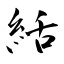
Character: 絬